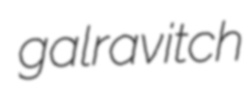
galravitch